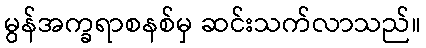
မွန်အက္ခရာစနစ်မှ ဆင်းသက်လာသည်။